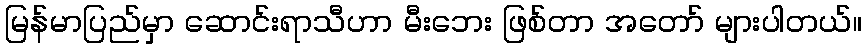
မြန်မာပြည်မှာ ဆောင်းရာသီဟာ မီးဘေး ဖြစ်တာ အတော် များပါတယ်။